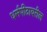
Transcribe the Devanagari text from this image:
धर्मपीठावरील